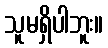
သူမရှိပါဘူး။